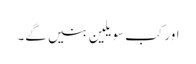
اور کب سویلین بنیں گے۔